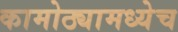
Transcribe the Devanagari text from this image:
कामोठ्यामध्येच